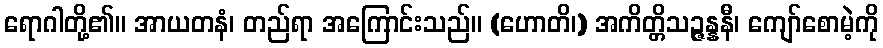
ရောဂါတို့၏။ အာယတနံ၊ တည်ရာ အကြောင်းသည်။ (ဟောတိ၊) အကိတ္တိသဉ္ဇန္နနီ၊ ကျော်စောမဲ့ကို